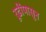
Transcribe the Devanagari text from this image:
रूढींपासून